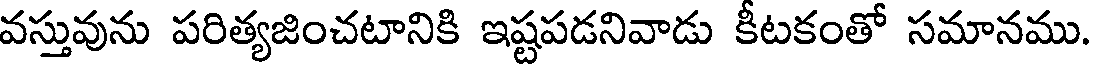
వస్తువును పరిత్యజించటానికి ఇష్టపడనివాడు కీటకంతో సమానము.